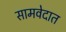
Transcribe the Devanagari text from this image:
सामवेदात